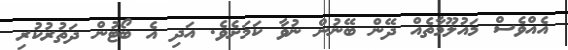
އެއްވެސް މައުލޫމާތެއް ދޭން ބޭނުން ނުވާ ކަމަށެވެ. އަދި އެ ބޯޓުން ދަތުރުކުރި